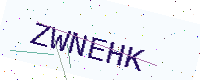
Text: ZWNEHK